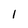
Character: 1